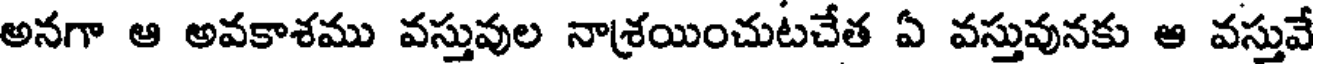
అనగా ఆ అవకాశము వస్తువుల నాశ్రయించుటచేత ఏ వస్తువునకు ఆ వస్తువే